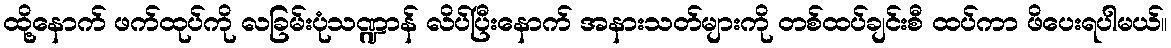
ထို့နောက် ဖက်ထုပ်ကို လခြမ်းပုံသဏ္ဍာန် လိပ်ပြီးနောက် အနားသတ်များကို တစ်ထပ်ချင်းစီ ထပ်ကာ ဖိပေးရပါမယ်။